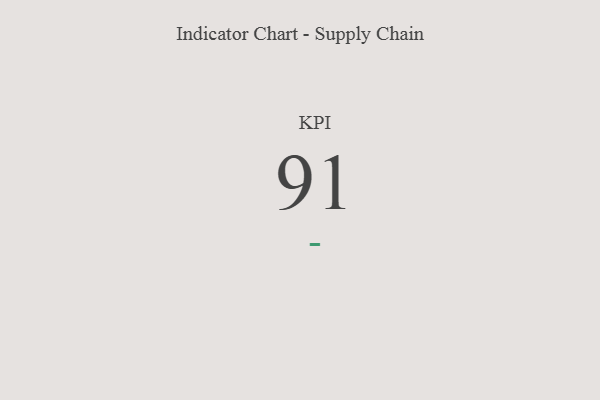
{"axis": {"x": "KPI", "y": "Value"}, "legend": [""], "data": [{"x": "KPI", "y": 91, "type": ""}]}